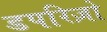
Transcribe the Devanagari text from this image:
डपरिज़ो